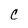
Character: C